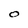
Character: O